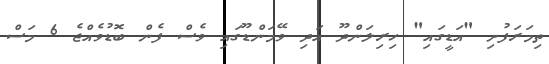
ތިމަރަފުށި "އަޑީގައި" ހިރިލަންދޫ އަދި ވޭމަންޑޫގައި ވެސް ފެން ބޮޑުވެއްޖެ 6 މަސް